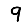
Digit: 9